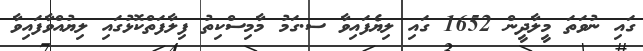
ގައި ނުވަތަ މީލާދީން 1652 ގައި ލިޔެފައިވާ ސ.ގަމު މާމިސްކިތު ފިލާފަތްކޮޅުގައި ލިޔުއްވާފައިވާ